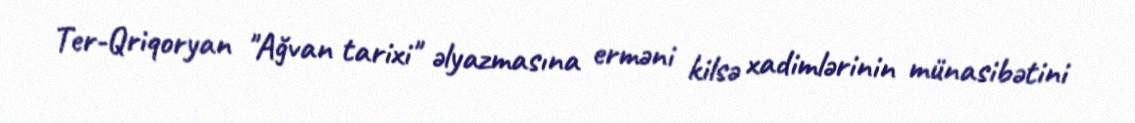
Ter-Qriqoryan "Ağvan tarixi" əlyazmasına erməni kilsə xadimlərinin münasibətini